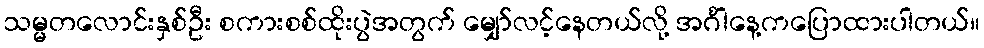
သမ္မတလောင်းနှစ်ဦး စကားစစ်ထိုးပွဲအတွက် မျှော်လင့်နေတယ်လို့ အင်္ဂါနေ့ကပြောထားပါတယ်။